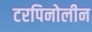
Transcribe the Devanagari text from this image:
टरपिनोलीन